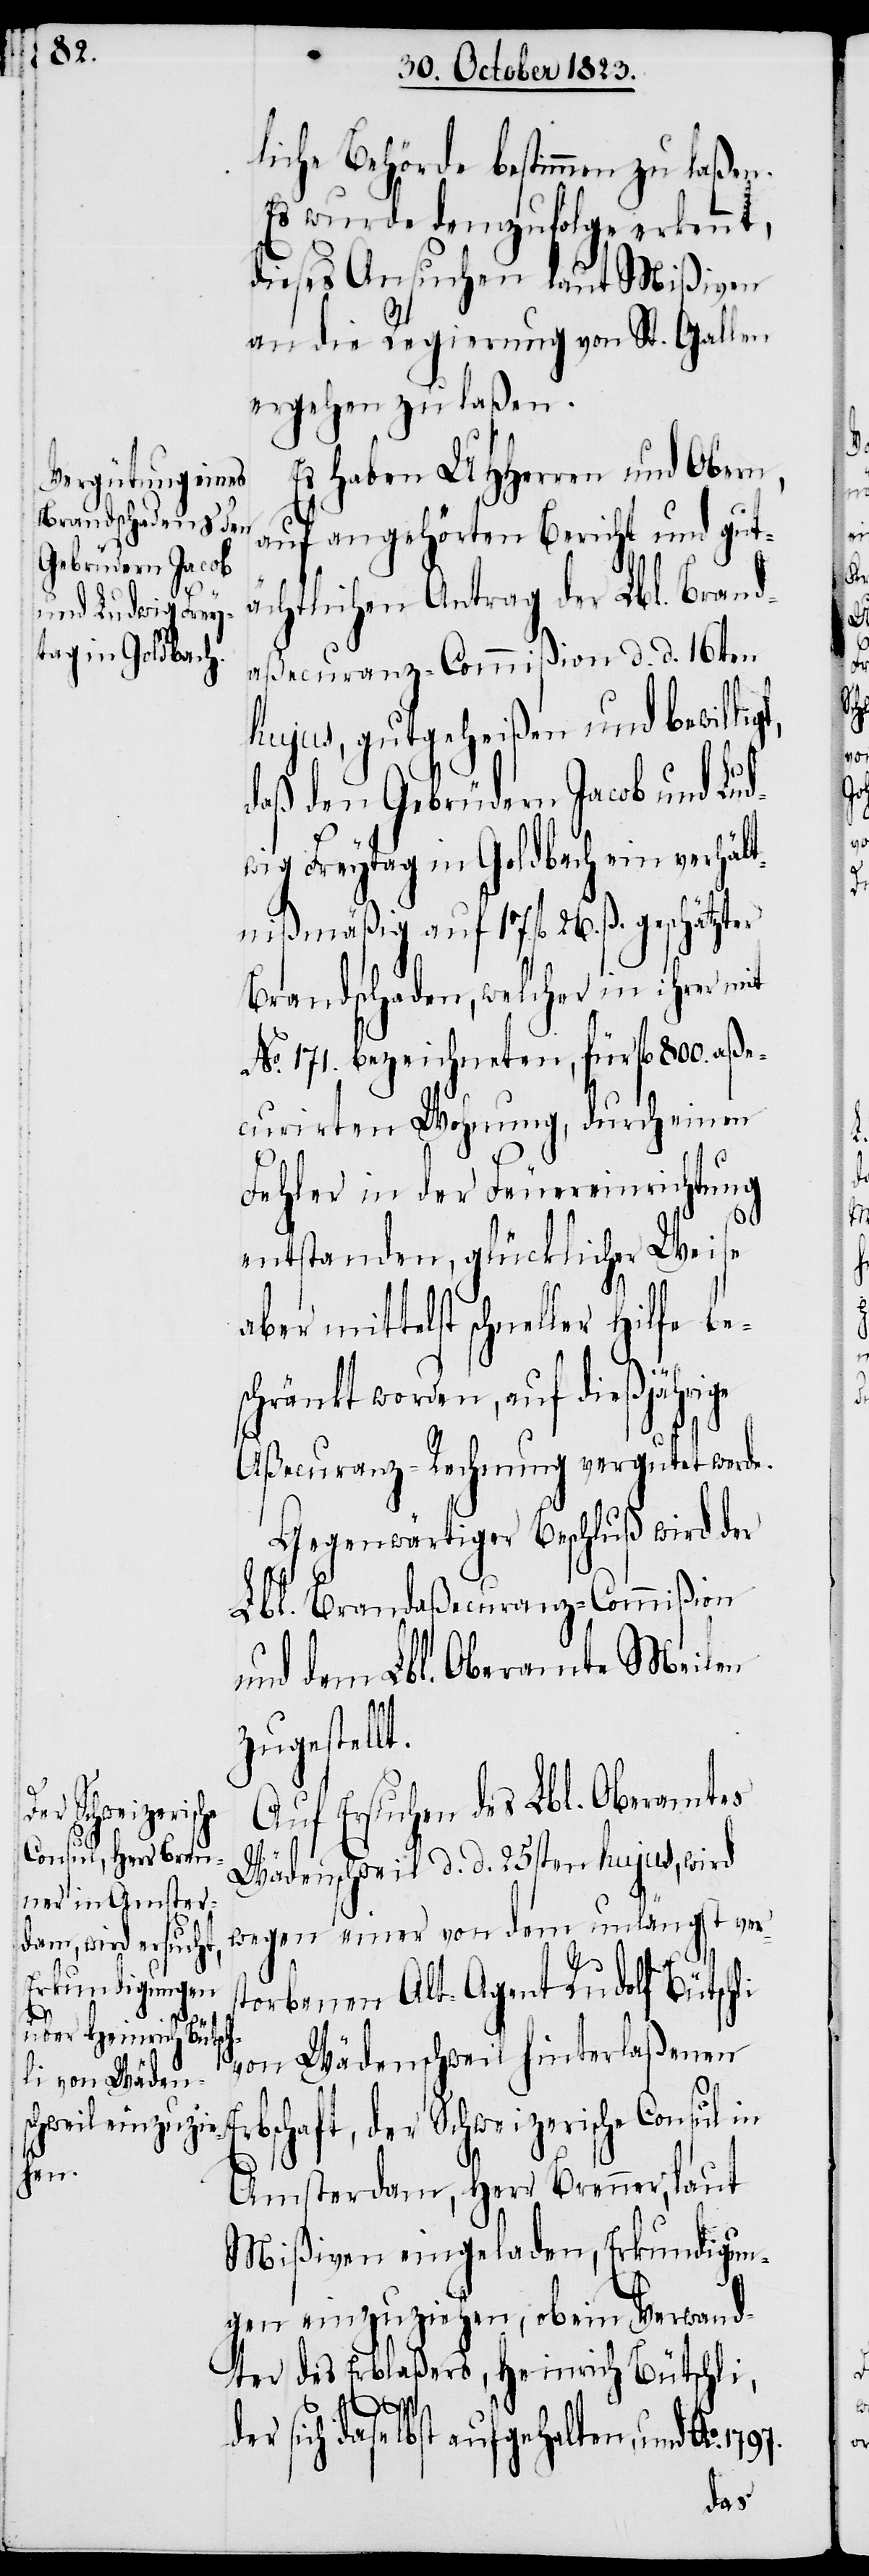
liche Behörde bestimmen zu laßen.
Es wurde demzufolge erkennt,
dieses Ansuchen laut Mißiven
an die Regierung von St. Gallen
ergehen zu laßen.
Es haben UHHerren und Obern,
auf angehörten Bericht und gut¬
ächtlichen Antrag der Lbl. Brand¬
aßecuranz-Commißion d. d. 16ten
hujus, gutgeheißen und bewillig¬
daß den Gebrüdern Jacob und Lud¬
wig Freytag in Goldbach ein verhält¬
nißmäßig auf 17. fl 26. ß. geschätzter
Brandschaden, welcher in ihrer mit
No. 171. bezeichneten, für fl 800. aße¬
curirten Wohnung, durch einen
Fehler in der Feuereinrichtung
entstanden, glücklicher Weise
aber mittelst schneller Hilfe be¬
schränkt worden, auf dießjährige
Aßecuranz-Rechnung vergutet werde.
Gegenwärtiger Beschluß wird der
Lbl. Brandaßecuranz-Commißion
und dem Lbl. Oberamte Meilen
zugestellt.
Auf Ersuchen des Lbl. Oberamtes
Wädenschweil d. d. 25sten hujus, wird
wegen einer von dem unlängst vers¬
torbenen Alt-Agent Rudolf Bütschli
t,
von Wädenschweil hinterlaßen¬
en Erbschaft, der Schweizerische Consul in
Amsterdam, Herr Brenner, laut
Mißiven eingeladen, Erkundigun¬
gen einzuziehen, ob ein Verwand¬
ter des Erblaßers, Heinrich Bütschli,
sich daselbst aufgehalten, und Ao.
der